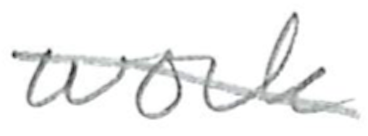
Text: work
Cross-out: mix
Writing tool: pencil